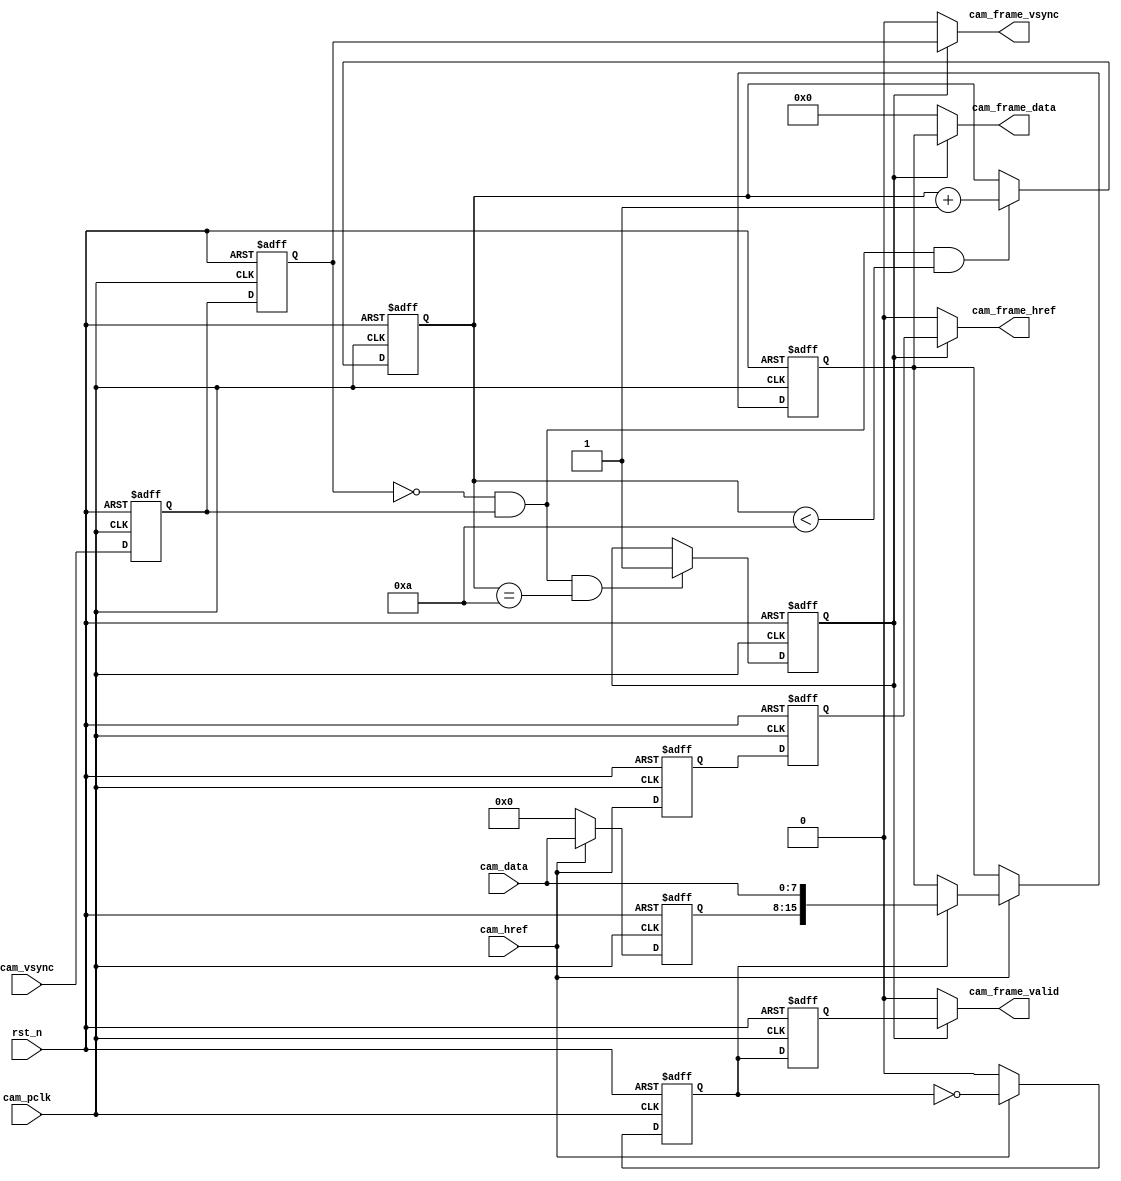
//************************************************
// Creat Date   : 20231026 19:57:22
// Version      : v1.0
// Target Device: PANGO PGL50H
// Function     : 
//************************************************

module cam_data_converter(
    input   wire            rst_n           ,  // 
    //
    input   wire            cam_pclk        ,  // 
    input   wire            cam_vsync       ,  // 
    input   wire            cam_href        ,  // 
    input   wire    [ 7:0]  cam_data        ,  // 
    //
    output  wire            cam_frame_vsync ,  // 
    output  wire            cam_frame_href  ,  // 
    output  wire            cam_frame_valid ,  // 
    output  wire    [15:0]  cam_frame_data     //  
);
/*************************parameter**************************/
parameter WAIT_FRAME = 4'd10; //  

/****************************reg*****************************/
reg             r0_cam_vsync    ;
reg             r1_cam_vsync    ;
reg             r0_cam_href     ;
reg             r1_cam_href     ;

reg     [ 3:0]  cam_cnt         ; // 
reg             frame_val_flag  ; // 

reg     [ 7:0]  r0_cam_data     ;
reg     [15:0]  r_cam_data_temp ; // 816
reg             byte_flag       ;
reg             r0_byte_flag    ;

/****************************wire****************************/
wire            pos_vsync       ; // 

/********************combinational logic*********************/
assign pos_vsync = (~r1_cam_vsync) & r0_cam_vsync;

//
assign cam_frame_vsync = frame_val_flag ? r1_cam_vsync    : 1'b0; 
//
assign cam_frame_href  = frame_val_flag ? r1_cam_href     : 1'b0; 
//
assign cam_frame_valid = frame_val_flag ? r0_byte_flag    : 1'b0; 
//
assign cam_frame_data  = frame_val_flag ? r_cam_data_temp : 1'b0; 

/**************************process***************************/
always@(posedge cam_pclk or negedge rst_n)
begin
    if(!rst_n)
        begin
            r0_cam_vsync <= 1'b0;
            r1_cam_vsync <= 1'b0;
            r0_cam_href  <= 1'b0;
            r1_cam_href  <= 1'b0;
        end
    else
        begin
            r0_cam_vsync <= cam_vsync   ;
            r1_cam_vsync <= r0_cam_vsync;
            r0_cam_href  <= cam_href    ;
            r1_cam_href  <= r0_cam_href ;
        end
end

//
always @(posedge cam_pclk or negedge rst_n)
begin
    if(!rst_n)
        cam_cnt <= 4'd0;
    else if(pos_vsync && (cam_cnt < WAIT_FRAME))
        cam_cnt <= cam_cnt + 4'd1;
    else
        cam_cnt <= cam_cnt;
end

//
always @(posedge cam_pclk or negedge rst_n)
begin
    if(!rst_n)
        frame_val_flag <= 1'b0;
    else if(pos_vsync && (cam_cnt == WAIT_FRAME))
        frame_val_flag <= 1'b1;
    else
        frame_val_flag <= frame_val_flag;
end

//816RGB565        
always @(posedge cam_pclk or negedge rst_n)
begin
    if(!rst_n) begin
        r_cam_data_temp <= 16'd0;
        r0_cam_data     <= 8'd0;
        byte_flag       <= 1'b0;
    end
    else if(cam_href) begin
        byte_flag   <= ~byte_flag;
        r0_cam_data <= cam_data;
        if(byte_flag)
            r_cam_data_temp <= {r0_cam_data,cam_data};
        else
            r_cam_data_temp <= r_cam_data_temp;
    end
    else begin
        byte_flag   <= 1'b0;
        r0_cam_data <= 8'd0;
    end
end

//(cam_frame_valid)
always @(posedge cam_pclk or negedge rst_n)
begin
    if(!rst_n)
        r0_byte_flag <= 1'b0;
    else
        r0_byte_flag <= byte_flag;
end

endmodule